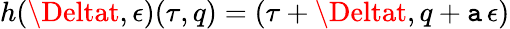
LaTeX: h(\Deltat,\epsilon)(\tau,q)=(\tau+\Deltat,q+\mathtt{a}\, \epsilon)